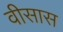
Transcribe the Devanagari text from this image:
वीसास